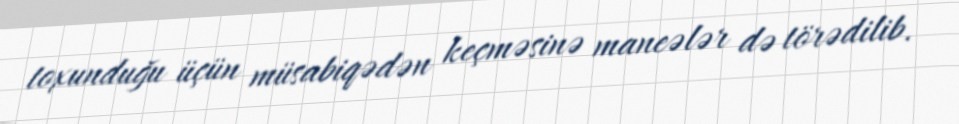
toxunduğu üçün müsabiqədən keçməsinə maneələr də törədilib.